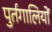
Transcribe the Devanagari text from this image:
पुर्तगालियोें